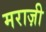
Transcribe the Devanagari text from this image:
मराज़ी